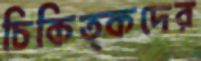
চিকিত্কদের